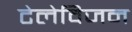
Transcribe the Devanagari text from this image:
टेलेविजन